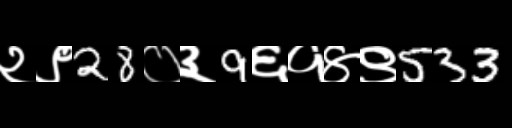
Text: २९28०३9६१४९533